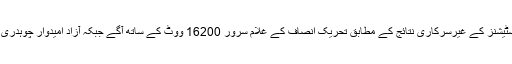
این اے 59 راولپنڈی: 61 پولنگ سٹیشنز کے غیرسرکاری نتائج کے مطابق تحریک انصاف کے غلام سرور 16200 ووٹ کے ساتھ آگے جبکہ آزاد امیدوار چوہدری نثار 8000 ووٹ لے کر پیچھے۔